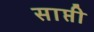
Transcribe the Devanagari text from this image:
साप्ती